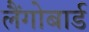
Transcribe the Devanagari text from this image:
लैंगोबार्ड